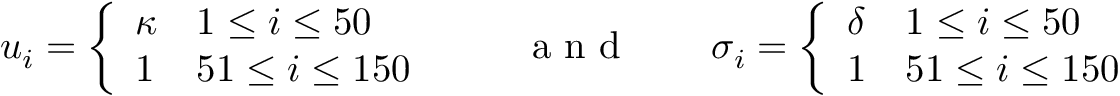
u _ { i } = \left\{ \begin{array} { l l } { \kappa } & { 1 \leq i \leq 5 0 } \\ { 1 } & { 5 1 \leq i \leq 1 5 0 } \end{array} \right. \qquad \mathrm { ~ a ~ n ~ d ~ } \qquad \sigma _ { i } = \left\{ \begin{array} { l l } { \delta } & { 1 \leq i \leq 5 0 } \\ { 1 } & { 5 1 \leq i \leq 1 5 0 } \end{array} \right.